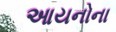
આયનોના